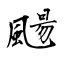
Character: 颺